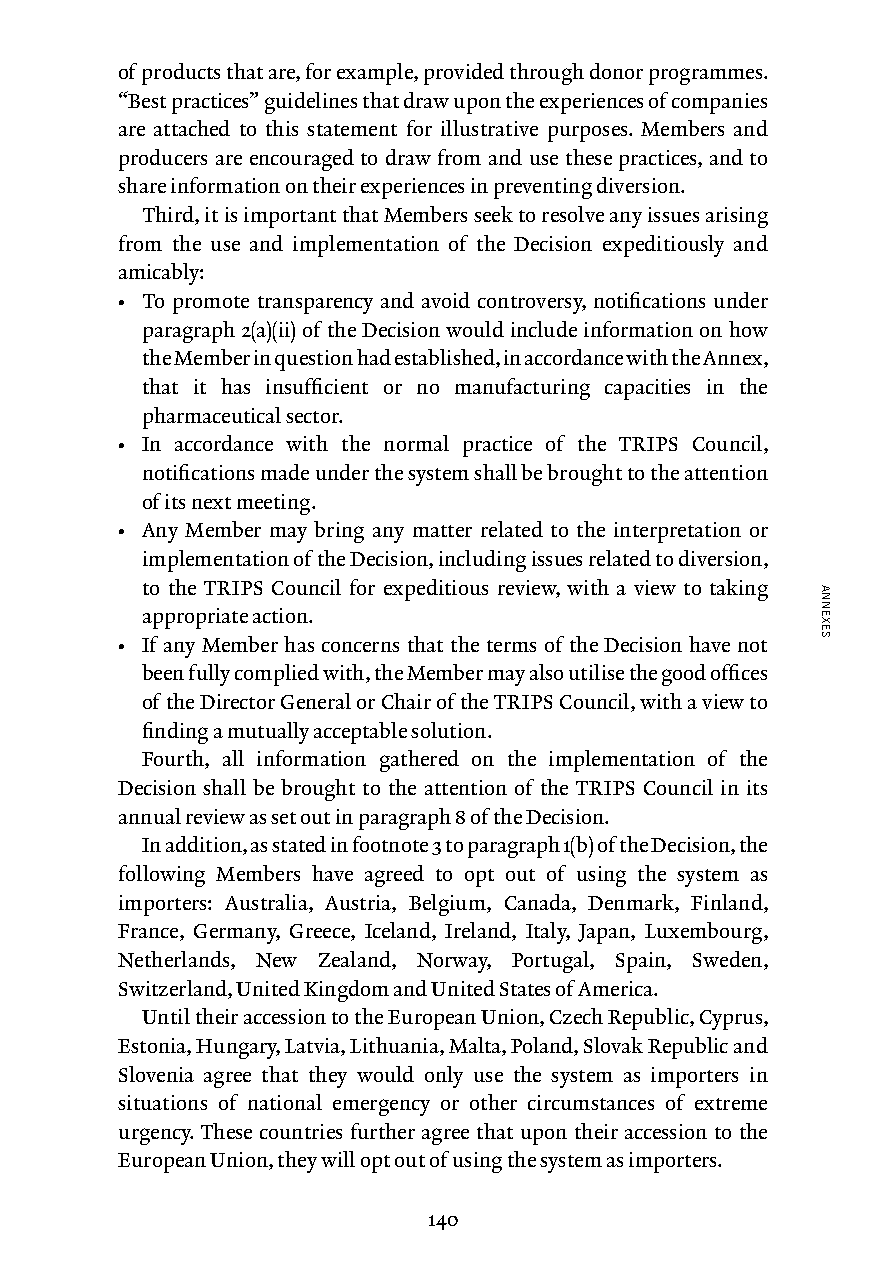
of products that are, for example, provided through donor programmes.
 “Best practices” guidelines that draw upon the experiences of companies
 are attached to this statement for illustrative purposes. Members and
 producers are encouraged to draw from and use these practices, and to
 share information on their experiences in preventing diversion.
 Third, it is important that Members seek to resolve any issues arising
 from the use and implementation of the Decision expeditiously and
 amicably:
 • To promote transparency and avoid controversy, notifications under
 paragraph 2(a)(ii) of the Decision would include information on how
 the Member in question had established, in accordance with the Annex,
 that it has insufficient or no manufacturing capacities in the
 pharmaceutical sector.
 • In accordance with the normal practice of the TRIPS Council,
 notifications made under the system shall be brought to the attention
 of its next meeting.
 • Any Member may bring any matter related to the interpretation or
 implementation of the Decision, including issues related to diversion,
 to the TRIPS Council for expeditious review, with a view to taking
 appropriate action.
 • If any Member has concerns that the terms of the Decision have not
 been fully complied with, the Member may also utilise the good offices
 of the Director General or Chair of the TRIPS Council, with a view to
 finding a mutually acceptable solution.
 Fourth, all information gathered on the implementation of the
 Decision shall be brought to the attention of the TRIPS Council in its
 annual review as set out in paragraph 8 of the Decision.
 In addition, as stated in footnote 3 to paragraph 1(b) of the Decision, the
 following Members have agreed to opt out of using the system as
 importers: Australia, Austria, Belgium, Canada, Denmark, Finland,
 France, Germany, Greece, Iceland, Ireland, Italy, Japan, Luxembourg,
 Netherlands, New Zealand, Norway, Portugal, Spain, Sweden,
 Switzerland, United Kingdom and United States of America.
 Until their accession to the European Union, Czech Republic, Cyprus,
 Estonia, Hungary, Latvia, Lithuania, Malta, Poland, Slovak Republic and
 Slovenia agree that they would only use the system as importers in
 situations of national emergency or other circumstances of extreme
 urgency. These countries further agree that upon their accession to the
 European Union, they will opt out of using the system as importers.
 140
 ANNEXES